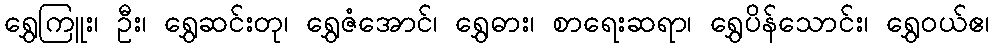
ရွှေကြူး၊ ဦး၊ ရွှေဆင်းတု၊ ရွှေဇံအောင်၊ ရွှေဓား၊ စာရေးဆရာ၊ ရွှေပိန်သောင်း၊ ရွှေဝယ်ဧ၊